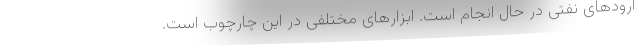
آرودهای نفتی در حال انجام است. ابزارهای مختلفی در این چارچوب است.